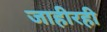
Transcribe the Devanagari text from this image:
जाहीरही